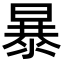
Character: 暴